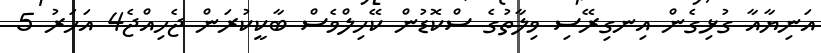
އަނިޔާއާ ގުޅިގެން އިނގިރޭސި ވިލާތުގެ ސްކޮޑުން ކޭހިލްވެސް ބާކީކުރަން ޖެހިއްޖެ4 އަހަރު 5